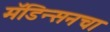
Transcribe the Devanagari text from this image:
मॅडिन्सनचा